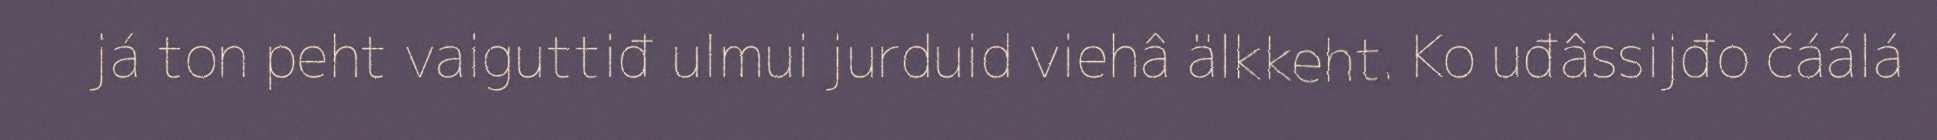
já ton peht vaiguttiđ ulmui jurduid viehâ älkkeht. Ko uđâssijđo čáálá